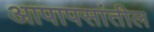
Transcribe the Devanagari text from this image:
आपापसांतील